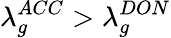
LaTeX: \lambda_{g}^{ACC}>\lambda_{g}^{DON}